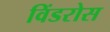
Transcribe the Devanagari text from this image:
विंडरोस